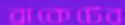
ব্রাকেটের